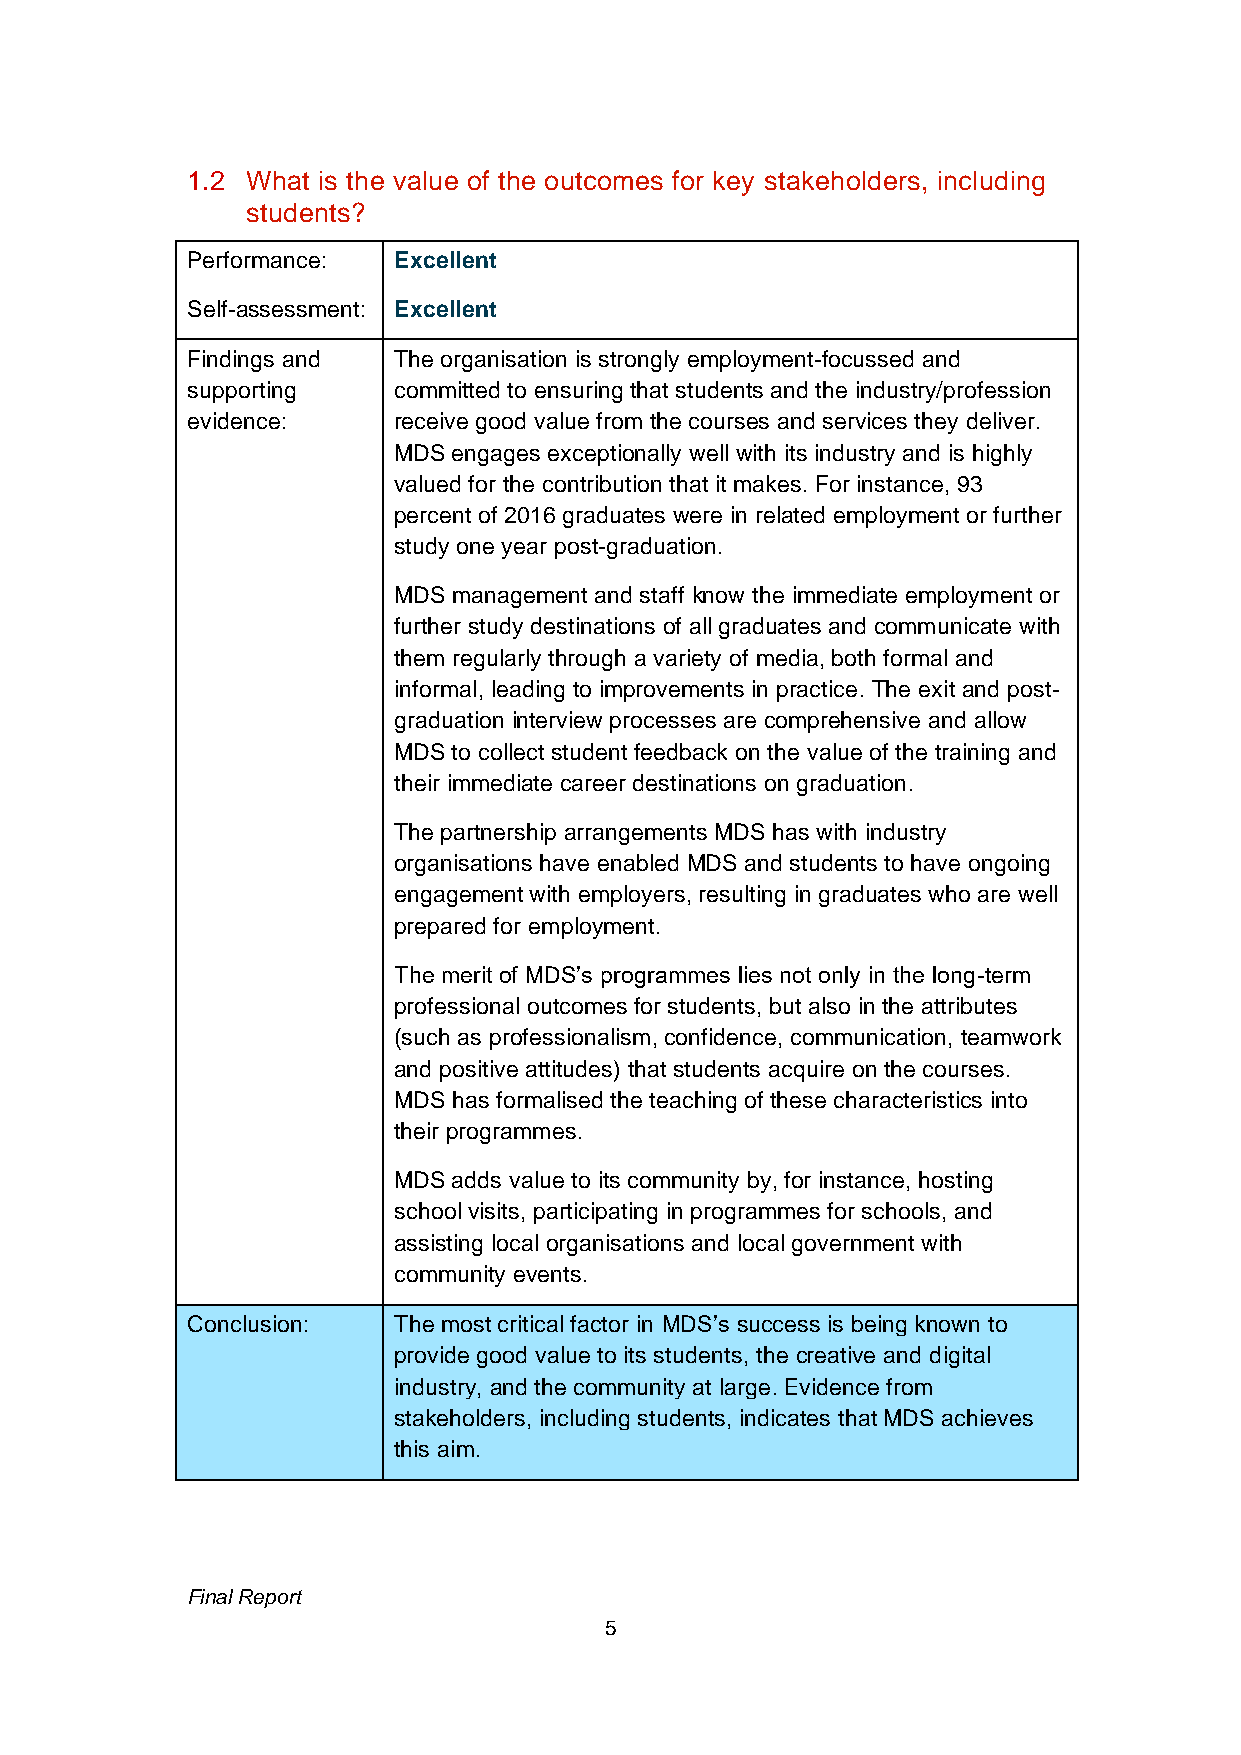
1.2 What is the value of the outcomes for key stakeholders, including
 students?
 Performance:  Excellent
 Self-assessment: Excellent
 Findings and  The organisation is strongly employment-focussed and
 supporting    committed to ensuring that students and the industry/profession
 evidence:     receive good value from the courses and services they deliver.
 MDS engages exceptionally well with its industry and is highly
 valued for the contribution that it makes. For instance, 93
 percent of 2016 graduates were in related employment or further
 study one year post-graduation.
 MDS management and staff know the immediate employment or
 further study destinations of all graduates and communicate with
 them regularly through a variety of media, both formal and
 informal, leading to improvements in practice. The exit and post-
 graduation interview processes are comprehensive and allow
 MDS to collect student feedback on the value of the training and
 their immediate career destinations on graduation.
 The partnership arrangements MDS has with industry
 organisations have enabled MDS and students to have ongoing
 engagement with employers, resulting in graduates who are well
 prepared for employment.
 The merit of MDS’s programmes lies not only in the long-term
 professional outcomes for students, but also in the attributes
 (such as professionalism, confidence, communication, teamwork
 and positive attitudes) that students acquire on the courses.
 MDS has formalised the teaching of these characteristics into
 their programmes.
 MDS adds value to its community by, for instance, hosting
 school visits, participating in programmes for schools, and
 assisting local organisations and local government with
 community events.
 Conclusion:   The most critical factor in MDS’s success is being known to
 provide good value to its students, the creative and digital
 industry, and the community at large. Evidence from
 stakeholders, including students, indicates that MDS achieves
 this aim.
 Final Report
 5